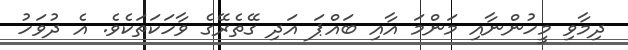
ދިމާވި މީހުންނާއި މަންމަ އާއި ބައްޕަ އަދި ގޭތެރޭގެ ވާހަކަތަކެވެ. އެ ދުވަހު